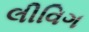
લીવિગ